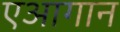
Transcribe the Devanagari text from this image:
एआगान